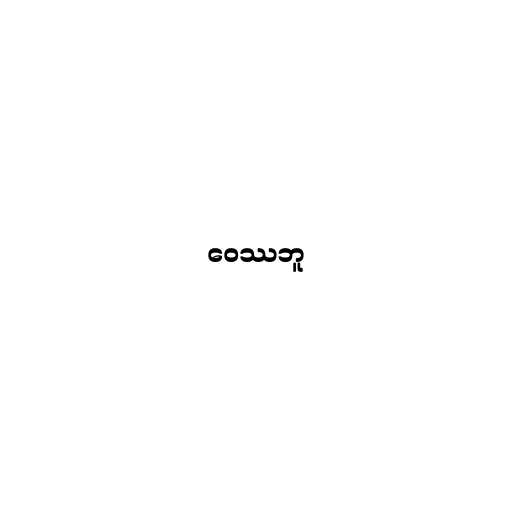
ဝေဿဘူ